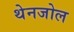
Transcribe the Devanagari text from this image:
थेनजोल